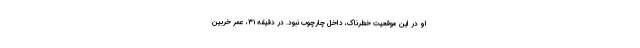
او در این موقعیت خطرناک، داخل چارچوب نبود. در دقیقه ۳۱، عمر خربین